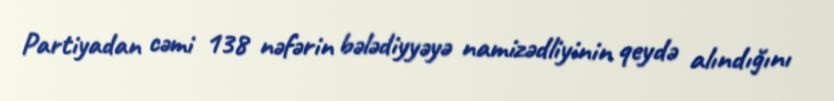
Partiyadan cəmi 138 nəfərin bələdiyyəyə namizədliyinin qeydə alındığını